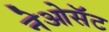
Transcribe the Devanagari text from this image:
नेओसॅट